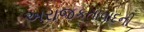
અરાજકતાવાદની